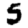
Digit: 5